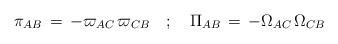
LaTeX: \begin{align*}\pi_{AB} \, = \, - \varpi_{AC} \, \varpi_{CB} \quad ; \quad \Pi_{AB} \, = \, - \Omega_{AC} \, \Omega_{CB}\end{align*}